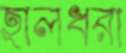
হালধরা